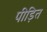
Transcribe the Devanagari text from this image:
पीड़ित